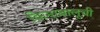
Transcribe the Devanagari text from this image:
किनाबालूची